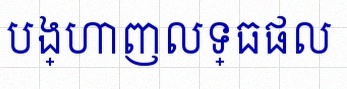
បង្ហាញលទ្ធផល